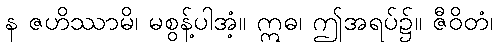
န ဇဟိဿာမိ၊ မစွန့်ပါအံ့။ ဣဓ၊ ဤအရပ်၌။ ဇီဝိတံ၊